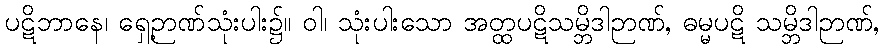
ပဋိဘာနေ၊ ရှေ့ဉာဏ်သုံးပါး၌။ ဝါ၊ သုံးပါးသော အတ္ထပဋိသမ္ဘိဒါဉာဏ်, ဓမ္မပဋိ သမ္ဘိဒါဉာဏ်,